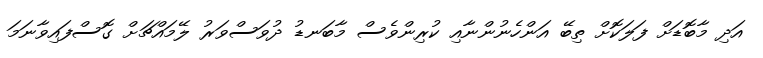
އަދި މާބޮޑަށް ފަލަކޮށް ތިބޭ އަންހެނުންނާއި ކުރިންވެސް މާބަނޑު ދުވަސްވަރު ލޭމައްޗަށް ގޮސްފައިވާނަމަ